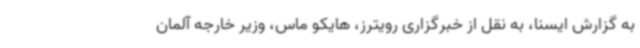
به گزارش ایسنا، به نقل از خبرگزاری رویترز، هایکو ماس، وزیر خارجه آلمان